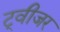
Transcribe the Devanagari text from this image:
ट्वीजर